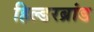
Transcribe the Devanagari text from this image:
हिल्डरब्रांड